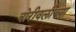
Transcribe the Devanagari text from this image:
बोरीवलीच्या